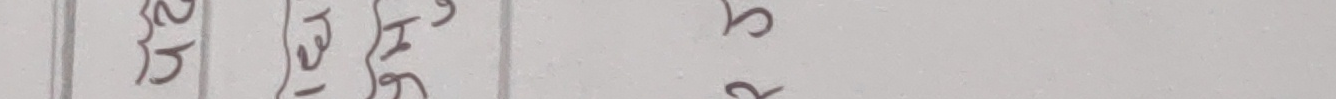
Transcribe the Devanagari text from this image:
२५
१२६
२८